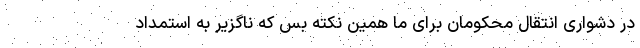
در دشواری انتقال محکومان برای ما همین نکته بس که ناگزیر به استمداد